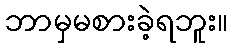
ဘာမှမစားခဲ့ရဘူး။